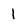
Character: i